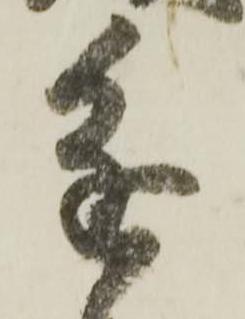
進